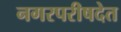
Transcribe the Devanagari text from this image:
नगरपरीषदेत